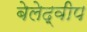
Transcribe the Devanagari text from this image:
बेलेद्वीप